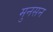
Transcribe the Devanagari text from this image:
मुनसन